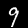
Digit: 9